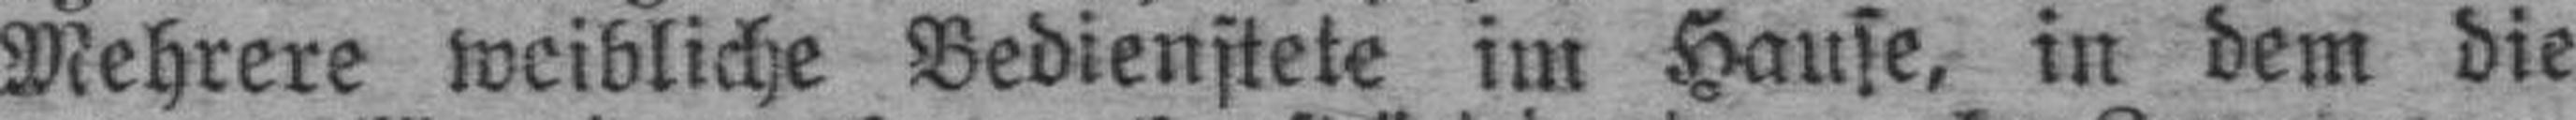
Mehrere weibliche Bedienstete im Hanse, in dem die